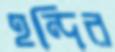
হন্দির